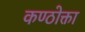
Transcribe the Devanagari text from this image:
कण्ठोक्ता